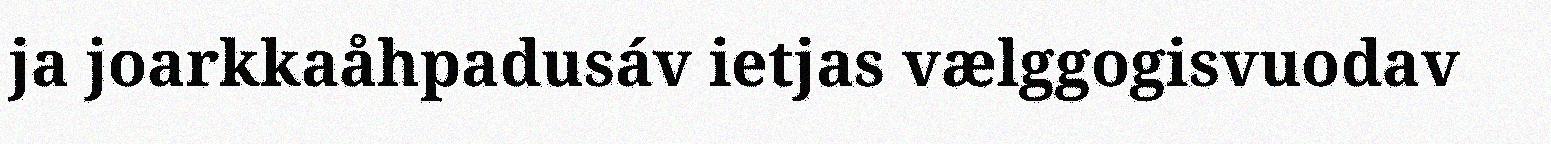
ja joarkkaåhpadusáv ietjas vælggogisvuodav